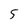
Character: 5